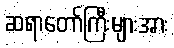
ဆရာတော်ကြီးများအား